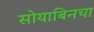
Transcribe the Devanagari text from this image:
सोयाबिनचा